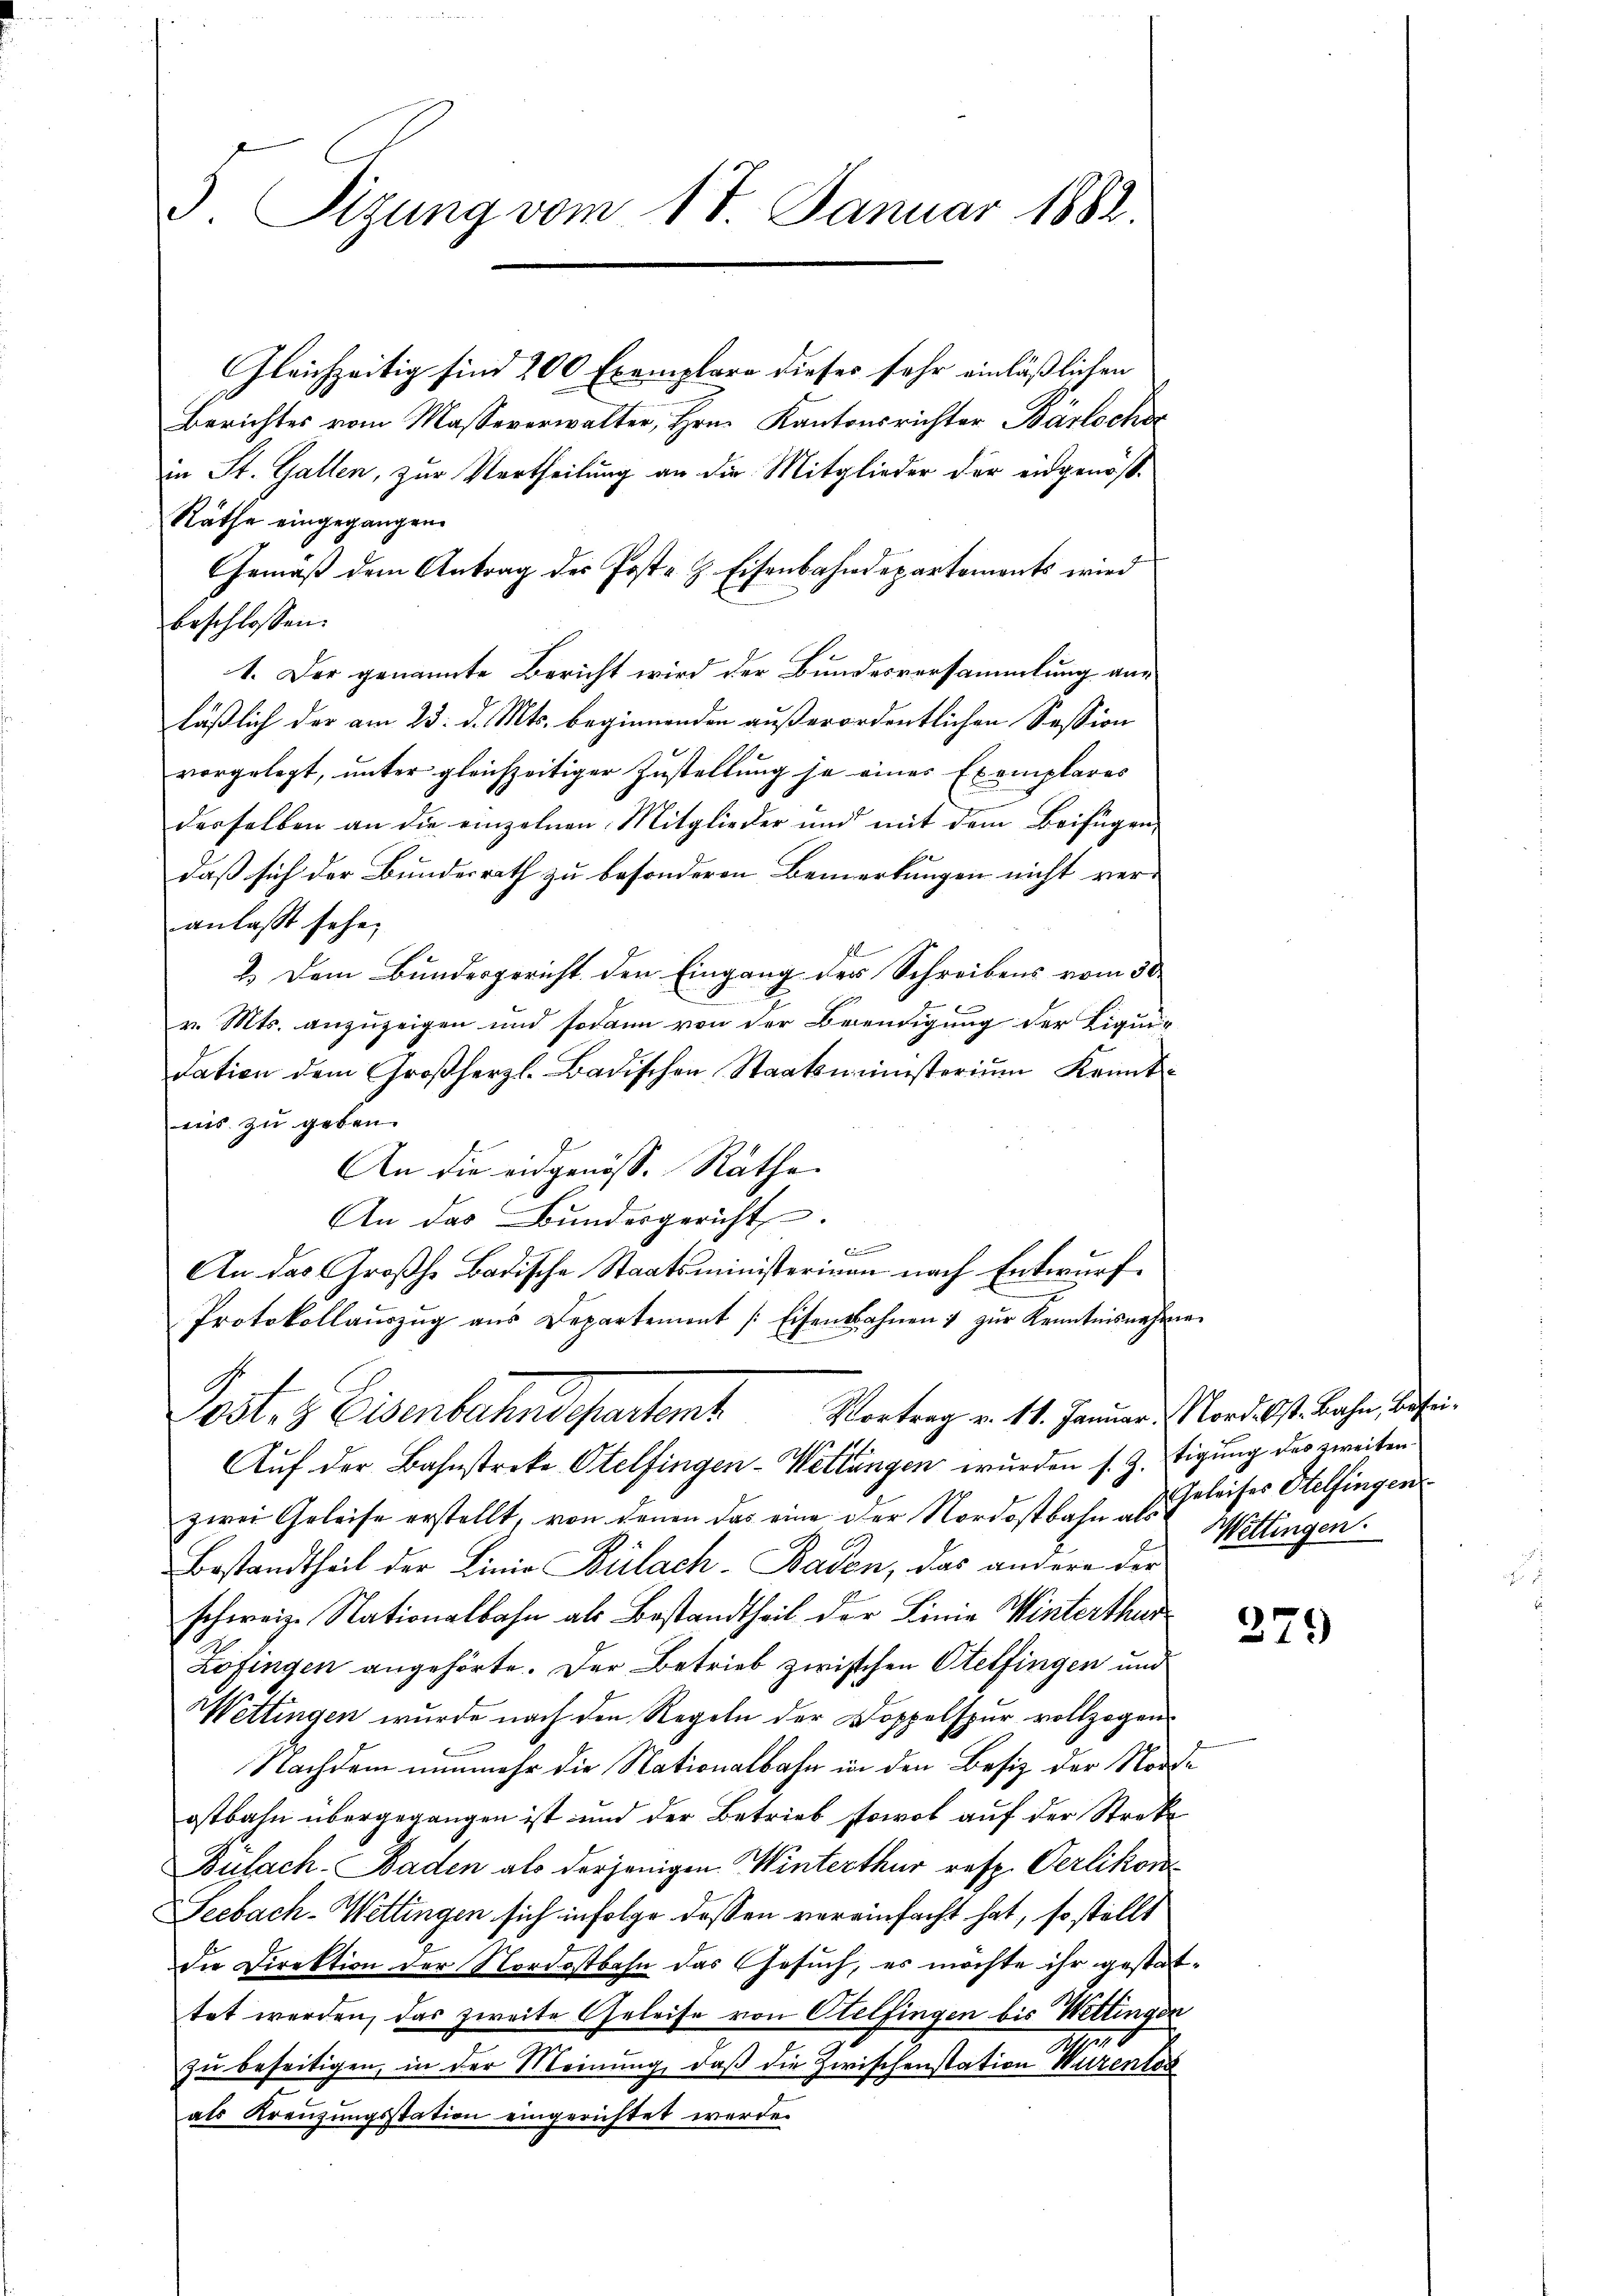
5. Sizung vom 17. Januar 1882.

Gleichzeitig sind 200 Exemplare dieses sehr einläßlichen
Berichtes vom Masseverwalter, Hrn. Kantonsrichter Bärtocher
in St. Gallen, zur Vertheilung an die Mitglieder der eidgenöß¬
Räthe eingegangen.
Gemäß dem Antrag des Post- & Eisenbahndepartements wird
beschlossen:
1. Der genannte Bericht wird der Bundesversammlung anläßlich der am 23. d. Mts. beginnenden außerordentlichen Session
vorgelegt, unter gleichzeitiger Zustellung je eines Exemplares
derselben an die einzelnen Mitglieder und mit dem Beifügen
daß sich der Bundesrath zu besonderen Bemerkungen nicht veranlasst sehe,
2.) Dem Bundesgericht den Eingang der Schreibens vom 30
v. Mts. anzuzeigen und sodann von der Beendigung der Liqui-
dation dem Großherzl. Badischen Staatsministerium kannt-
uns zu geben.
An die eidgenöss. Räthe
An das Bundesgericht.
E
An das Großh. Badische Staatsministerian nach Entwurf
Protokollaŭszŭg aŭs Departement /: Eisenbahnen zŭr Kenntnisnahmen

Postes Eisenbahndepartemt. Vortrag v. 14. Januar. Aber d. s. Bahn, befin

f
Auf der Bahnstreke Otelfingen-Wettungen wurden s. Z. stigung des zweiten.
zwei Geleise erstellt, von denen das eine der Nordostbahn Dr Erleises Stelfingen
Bestandtheil der Linie Bülach–Baden, das andere der
schweiz. Nationalbahn als Bestandtheil der Linie Winterthur
Zofingen angehörte. Der Betrieb zwischen Otelfingen und
Wettingen wurde nach den Regeln der Doppelspur vollzogen
Nachdem nunmehr die Nationalbahn in den Besiz der Norde
ostbahn übergegangen ist und der Betrieb sowol auf der Streke
Bulach. Baden als derjenigen Winterthur resp. Verlikon
Seebach- Wettingen sich infolge dessen vereinfacht hat, so stellt
die Direktion der Nordostbahn das Gesuch, es möchte ihr gestattet werden, das zweite Geleise von Otelfingen bis Wettingen
18
zu beseitigen, in der Meinung, daß die Zwischenstation Warentor
als Kreuzungsstation eingerichtet werde.

Wettingen.

279